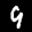
Label: 9